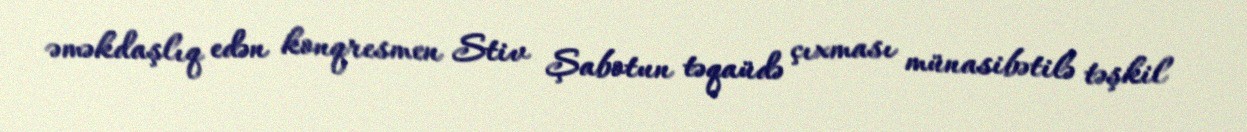
əməkdaşlıq edən konqresmen Stiv Şabotun təqaüdə çıxması münasibətilə təşkil